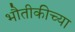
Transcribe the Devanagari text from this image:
भौतीकीच्या